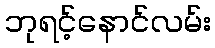
ဘုရင့်နောင်လမ်း